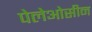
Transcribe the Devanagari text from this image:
पेलेओसीन